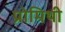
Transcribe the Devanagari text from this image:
प्रोमिथी